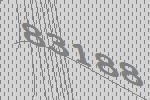
83188